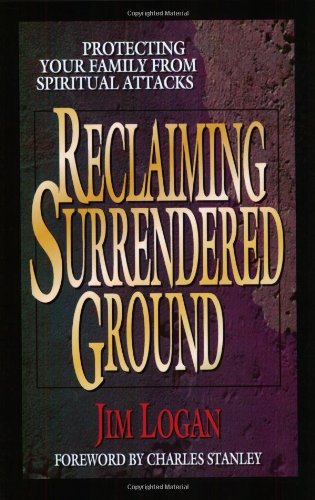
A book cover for Reclaiming Surrendered Ground: Protecting Your Family from Spiritual Attacks; Jim Logan; Christian Books & Bibles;